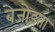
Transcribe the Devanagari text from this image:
बेजोड़ता